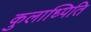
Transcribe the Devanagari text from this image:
कुलाध्पिति